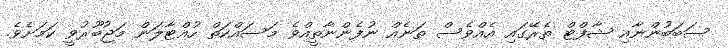
ސަބަބުންނާއި ޝާފްޓް ތެރޭގައި އެއްވެސް ތަނެއް ނުފެންނާތީއްވެ މަސައްކަތް ހުއްޓާލަން މަޖުބޫރުވީ ކަމަށެވެ.